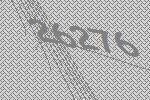
26276